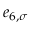
e _ { 6 , \sigma }